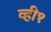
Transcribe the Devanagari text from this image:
व्ही१